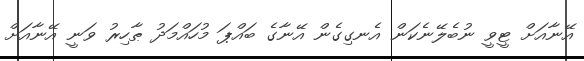
އޭނާއަށް ޓީވީ ނުބެލޭނެކަން އެނގިގެން އޭނާގެ ބައްޕަ މުހައްމަދު ޠާހިރު ވަނީ އޭނާއަށް